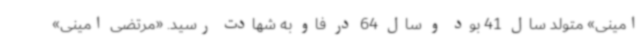
امینی» متولد سال 41 بود و سال 64 در فاو به شهادت رسید. «مرتضی امینی»